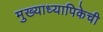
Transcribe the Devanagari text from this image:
मुख्याध्यापिकेची